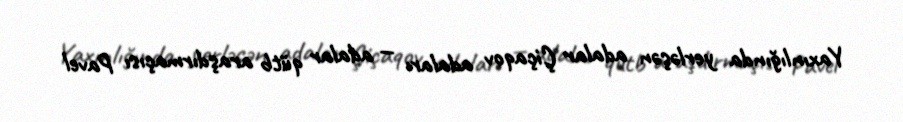
Yaxınlığında yerləşən adalar Çiçaqov adaları — adalar qütb araşdırmaçısı Pavel